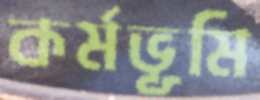
কর্মভূমি